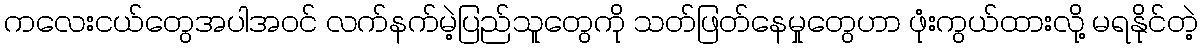
ကလေးငယ်တွေအပါအဝင် လက်နက်မဲ့ပြည်သူတွေကို သတ်ဖြတ်နေမှုတွေဟာ ဖုံးကွယ်ထားလို့ မရနိုင်တဲ့